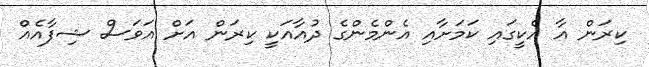
ކިރަން އާ އެކީގައި ކަމަށާއި އެންމެންގެ ދުއާއަކީ ކިރަން އަށް އަވަސް ޝިފާއެއް